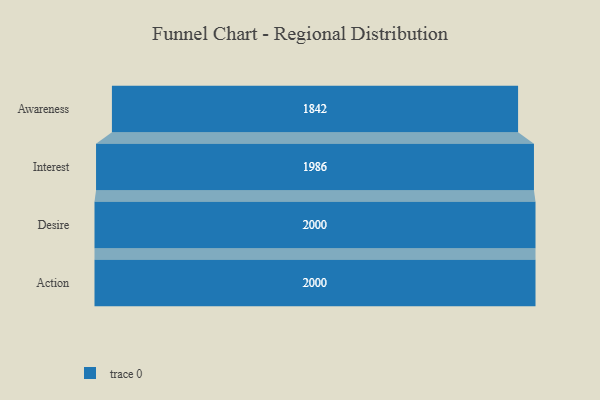
{"axis": {"x": "Stage", "y": "Value"}, "legend": [""], "data": [{"x": "Awareness", "y": 1842.0, "type": ""}, {"x": "Interest", "y": 1986.0, "type": ""}, {"x": "Desire", "y": 2000, "type": ""}, {"x": "Action", "y": 2000, "type": ""}]}